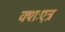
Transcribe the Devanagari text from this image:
क्शःएत्र